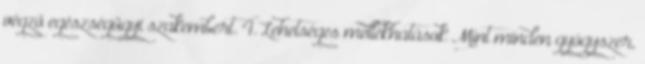
végző egészségügyi szakembert. 4. Lehetséges mellékhatások Mint minden gyógyszer,